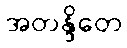
အတန္ဒိတေ